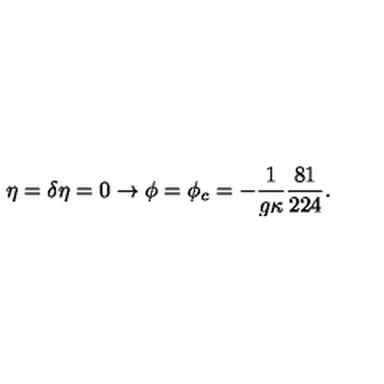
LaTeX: \eta = \delta \eta = 0 \rightarrow \phi = \phi _ { c } = - \frac { 1 } { g \kappa } \frac { 8 1 } { 2 2 4 } .